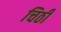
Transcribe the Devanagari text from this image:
चिठी